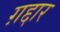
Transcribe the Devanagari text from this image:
ग़द्दार